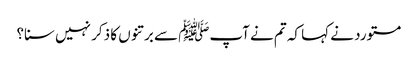
مستورد نے کہا کہ تم نے آپﷺ سے برتنوں کا ذکر نہیں سنا؟